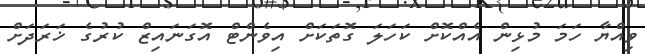
ވިއްޔާ ހަމަ މުޅިން އެއްކޮށް ކަހަލަ ގޮތަކަށް އިވެންޓް އޮގަނައިޒް ކުރުގެ ޚަރަދަށް